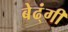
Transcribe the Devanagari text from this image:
बेढ्ंगी